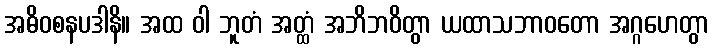
အဓိဝစနပဒါနိ။ အထ ဝါ ဘူတံ အတ္ထံ အဘိဘဝိတွာ ယထာသဘာဝတော အဂ္ဂဟေတွာ